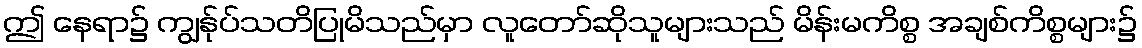
ဤ နေရာ၌ ကျွန်ုပ်သတိပြုမိသည်မှာ လူတော်ဆိုသူများသည် မိန်းမကိစ္စ အချစ်ကိစ္စများ၌